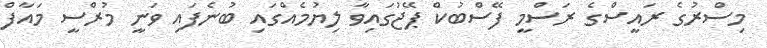
މިސްރުގެ ރައީސްގެ ރަސްމީ ފޭސްބުކް ޕޭޖުގައިވާ ލިޔުމެއްގައި ބުނެފައި ވަނީ މުރްސީ މައާފް